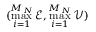
( \operatorname* { m a x } _ { i = 1 } ^ { M _ { N } } \mathcal E , \operatorname* { m a x } _ { i = 1 } ^ { M _ { N } } \mathcal V )